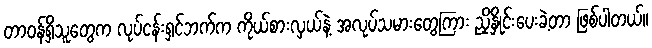
တာဝန်ရှိသူတွေက လုပ်ငန်းရှင်ဘက်က ကိုယ်စားလှယ်နဲ့ အလုပ်သမားတွေကြား ညှိနှိုင်းပေးခဲ့တာ ဖြစ်ပါတယ်။